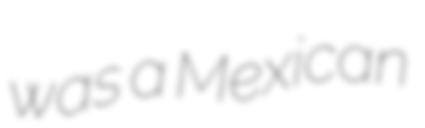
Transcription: was a Mexican